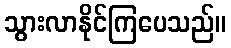
သွားလာနိုင်ကြပေသည်။